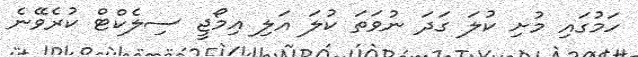
ހަމުގައި މުށި ކުލަ ގަދަ ނުވަތަ ކުލަ އަލި އިމޯޖީ ސިލެކްޓް ކުރެވޭނެ